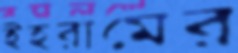
ইহরামের